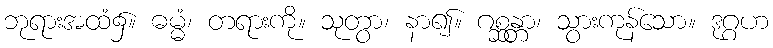
ဘုရားအထံ၌။ ဓမ္မံ၊ တရားကို။ သုတွာ၊ နာ၍။ ဂစ္ဆန္တာ၊ သွားကုန်သော။ ဒုဂ္ဂဟ